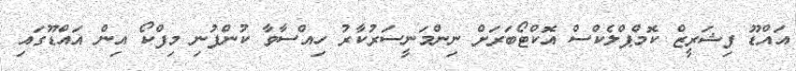
އައްޑޫ ފިޝަރީޒް ކޮމްޕްލެކްސް އޮކްޓޯބަރަށް ނިންމަނީސަރުކާރު ހިއްސާވާ ކުންފުނި މިފްކޯ އިން އައްޑޫގައި